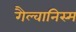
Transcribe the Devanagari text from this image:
गैल्वानिस्म